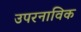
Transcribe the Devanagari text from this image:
उपरनाविक